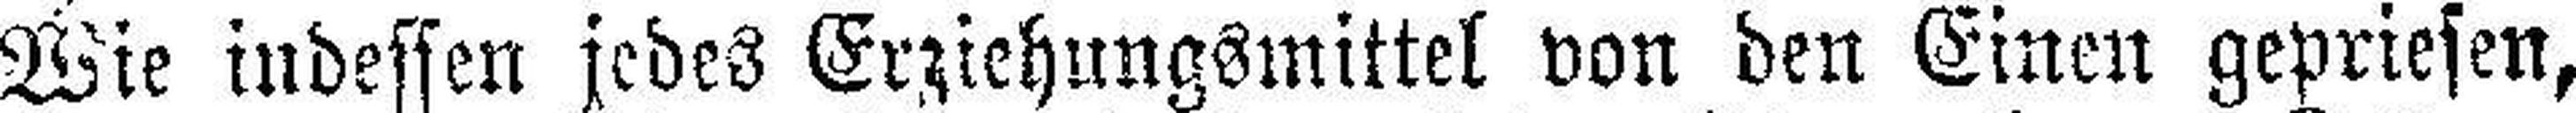
Wie indessen jedes Erziehungsmittel von den Einen gepriesen,